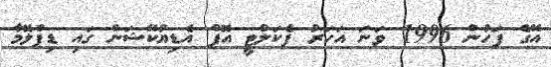
އޭގެ ފަހުން 1996 ވަނަ އަހަރު ފެކަލްޓީ އޮފް އެޑިޔުކޭޝަން ގައި ޑިޕްލޮމާ